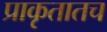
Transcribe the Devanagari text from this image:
प्राकृतातच